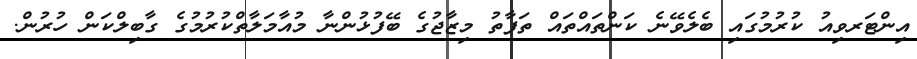
އިންޓަރވިއު ކުރުމުގައި ބެލެވޭނެ ކަންތައްތައް ތަފާތު މިޒާޖުގެ ބޭފުޅުންނާ މުއާމަލާތްކުރުމުގެ ގާބިލްކަން ހުރުން.